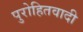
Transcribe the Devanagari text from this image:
पुरोहितवादी